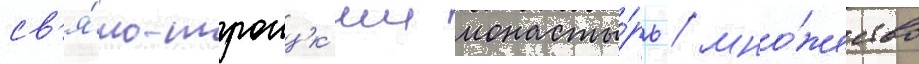
св'я́то-троицк'ии монасты́рь / мно́жество